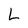
Character: L